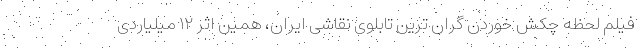
فیلم لحظه چکش خوردن گران ترین تابلوی نقاشی ایران، همین اثر ۱۲ میلیاردی